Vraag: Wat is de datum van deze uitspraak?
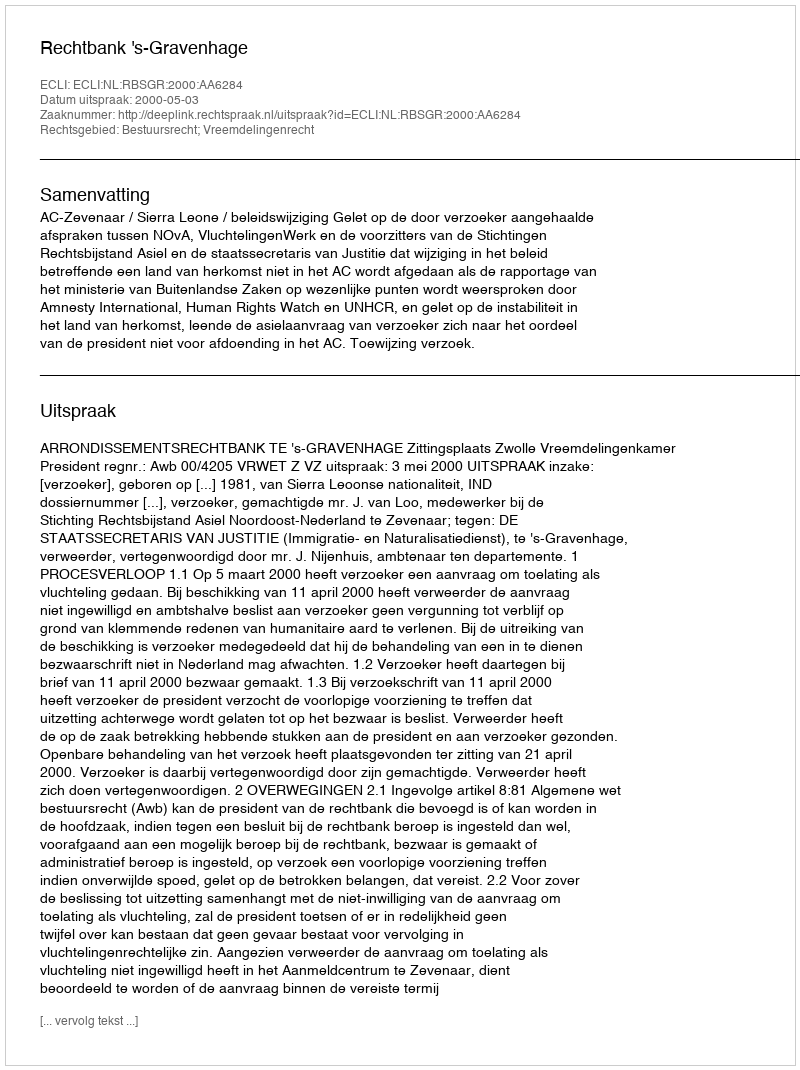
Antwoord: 2000-05-03